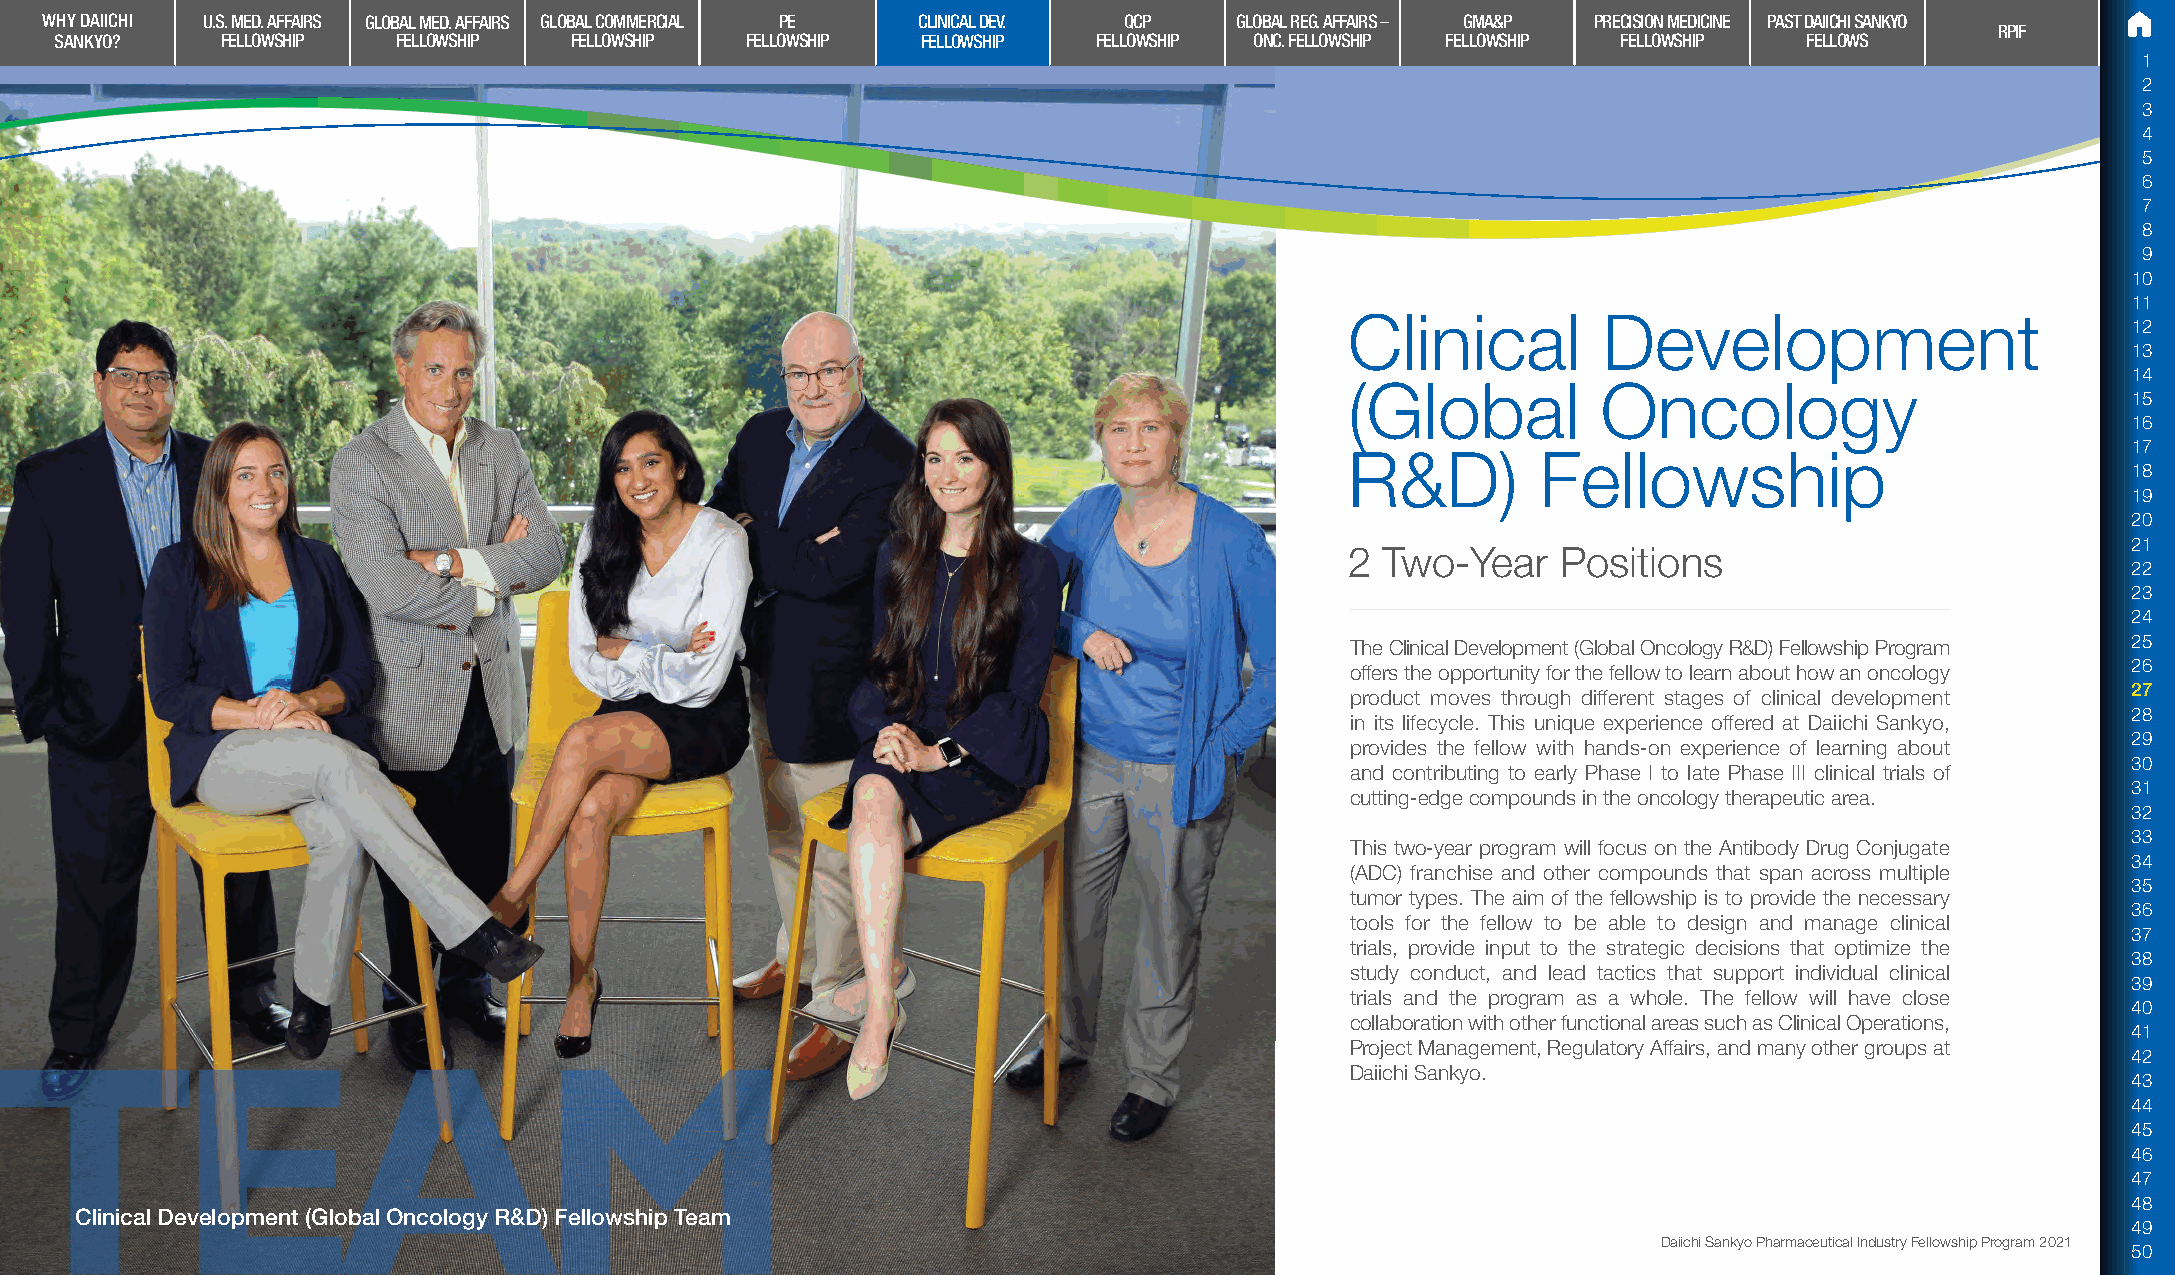
WHY DAIICHI U.S. MED. AFFAIRS GLOBAL MED. AFFAIRS GLOBAL COMMERCIAL PE CLINICAL DEV. QCP GLOBAL REG. AFFAIRS – GMA&P PRECISION MEDICINE PAST DAIICHI SANKYO
 RPIF
 SANKYO?    FELLOWSHIP FELLOWSHIP  FELLOWSHIP FELLOWSHIP  FELLOWSHIP  FELLOWSHIP ONC. FELLOWSHIP FELLOWSHIP FELLOWSHIP FELLOWS
 1
 2
 3
 4
 5
 6
 7
 8
 9
 10
 11
 Clinical         Development
 12
 13
 14
 (Global          Oncology
 15
 16
 17
 R&D)         Fellowship
 18
 19
 20
 21
 2  Two-Year   Positions
 22
 23
 24
 The Clinical Development (Global Oncology R&D) Fellowship Program 25
 26
 offers the opportunity for the fellow to learn about how an oncology
 27
 product moves through different stages of clinical development
 28
 in its lifecycle. This unique experience offered at Daiichi Sankyo,
 29
 provides the fellow with hands-on experience of learning about
 30
 and contributing to early Phase I to late Phase III clinical trials of
 31
 cutting-edge compounds in the oncology therapeutic area.
 32
 33
 This two-year program will focus on the Antibody Drug Conjugate
 34
 (ADC) franchise and other compounds that span across multiple
 35
 tumor types. The aim of the fellowship is to provide the necessary
 36
 tools for the fellow to be able to design and manage clinical
 37
 trials, provide input to the strategic decisions that optimize the
 38
 study conduct, and lead tactics that support individual clinical
 39
 trials and the program as a whole. The fellow will have close
 40
 collaboration with other functional areas such as Clinical Operations,
 41
 Project Management, Regulatory Affairs, and many other groups at
 42
 Daiichi Sankyo.
 43
 44
 45
 46
 47
 48
 Clinical Development (Global Oncology R&D) Fellowship Team
 49
 Daiichi Sankyo Pharmaceutical Industry Fellowship Program 2021
 50